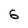
Character: 6